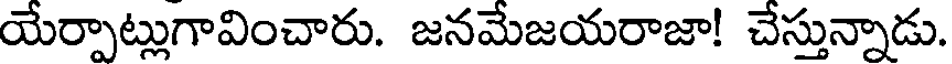
యేర్పాట్లుగావించారు. జనమేజయరాజా! చేస్తున్నాడు.